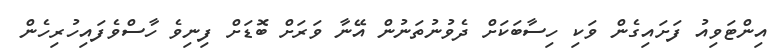
އިންޓަވިއު ފަށައިގެން ވަކި ހިސާބަކަށް ދެވުނުތަނުން އޭނާ ވަރަށް ބޮޑަށް ފިނިވެ ހާސްވެފައިހުރިހެން